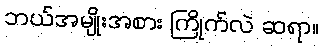
ဘယ်အမျိုးအစား ကြိုက်လဲ ဆရာ။